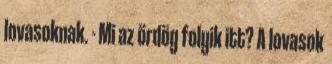
lovasoknak. - Mi az ördög folyik itt? A lovasok